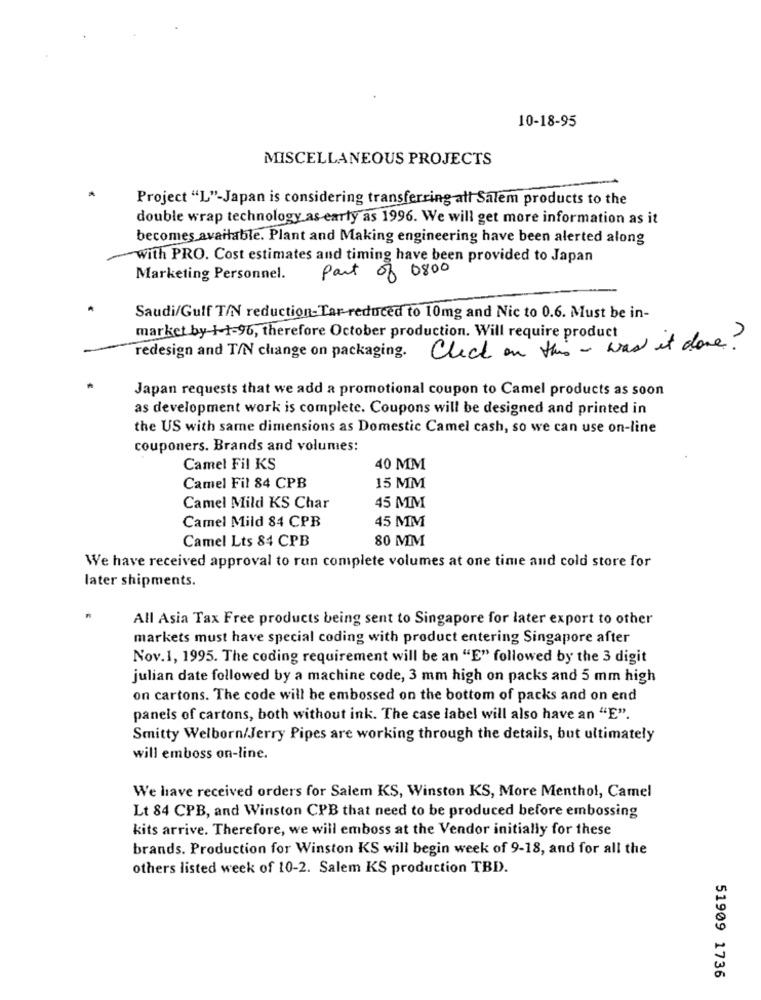
10-18-95
MISCELLANEOUS PROJECTS
Project "L"-Japan is considering transferring all Salem products to the
double wrap technology as early as 1996. We will get more information as it
becomes available. Plant and Making engineering have been alerted along
with PRO. Cost estimates and timing have been provided to Japan
part of 0800
Marketing Personnel.
Saudi/Gulf T/N reduction-Tar reduced to 10mg and Nic to 0.6. Must be in-
market by +1-96, therefore October production. Will require product
redesign and T/N change on packaging. Click on this - was it done?
Japan requests that we add a promotional coupon to Camel products as soon
as development work is complete. Coupons will be designed and printed in
the US with same dimensions as Domestic Camel cash, so we can use on-line
couponers. Brands and volumes:
Camel Fil KS
40 MM
Camel Fil 84 CPB
15 MM
Camel Mild KS Char
45 MM
Camel Mild 84 CPB
45 MM
Camel Lts 84 CPB
80 MM
We have received approval to run complete volumes at one time and cold store for
later shipments.
All Asia Tax Free products being sent to Singapore for later export to other
markets must have special coding with product entering Singapore after
Nov.1, 1995. The coding requirement will be an "E" followed by the 3 digit
julian date followed by a machine code, 3 mm high on packs and 5 mm high
on cartons. The code will be embossed on the bottom of packs and on end
panels of cartons, both without ink. The case label will also have an "E".
Smitty Welborn/Jerry Pipes are working through the details, but ultimately
will emboss on-line.
We have received orders for Salem KS, Winston KS, More Menthol, Camel
Lt 84 CPB, and Winston CPB that need to be produced before embossing
kits arrive. Therefore, we will emboss at the Vendor initially for these
brands. Production for Winston KS will begin week of 9-18, and for all the
others listed week of 10-2. Salem KS production TBD.
51909 1736